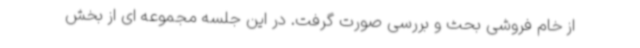
از خام فروشی بحث و بررسی صورت گرفت. در این جلسه مجموعه ای از بخش